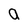
Character: a